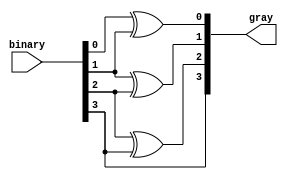
module bin_gr(input [3:0]binary,output [3:0]gray);
  genvar i;
  for(i=0;i<3;i++)
    begin
      assign gray[i]=binary[i]^binary[i+1];
    end
  assign gray[3]=binary[3];
endmodule